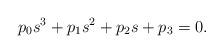
LaTeX: \begin{align*}p_0 s^3 +p_1 s^2 +p_2 s +p_3 =0.\end{align*}